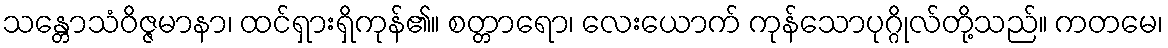
သန္တောသံဝိဇ္ဇမာနာ၊ ထင်ရှားရှိကုန်၏။ စတ္တာရော၊ လေးယောက် ကုန်သောပုဂ္ဂိုလ်တို့သည်။ ကတမေ၊